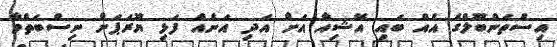
އިސްތަންބޫލްގެ އެއް ބައި އޭޝިއާ އަށް އަދި އަނެއް ފަޅި ޔޫރަޕަށް ނިސްބަތްވާ